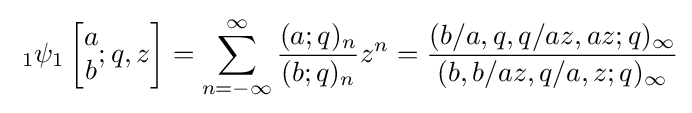
\;_{1}\psi _{1}\left[{\begin{matrix}a\\b\end{matrix}};q,z\right]=\sum _{n=-\infty }^{\infty }{\frac {(a;q)_{n}}{(b;q)_{n}}}z^{n}={\frac {(b/a,q,q/az,az;q)_{\infty }}{(b,b/az,q/a,z;q)_{\infty }}}